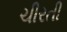
ચીરતી